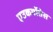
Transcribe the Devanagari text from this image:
एउकर्योतेस